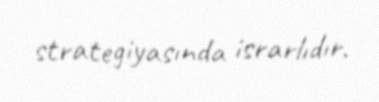
strategiyasında israrlıdır.